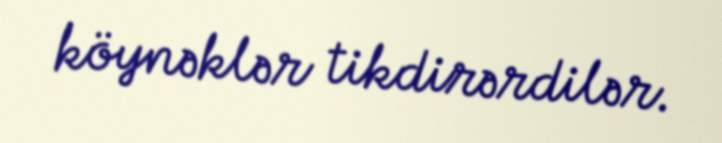
köynəklər tikdirərdilər.